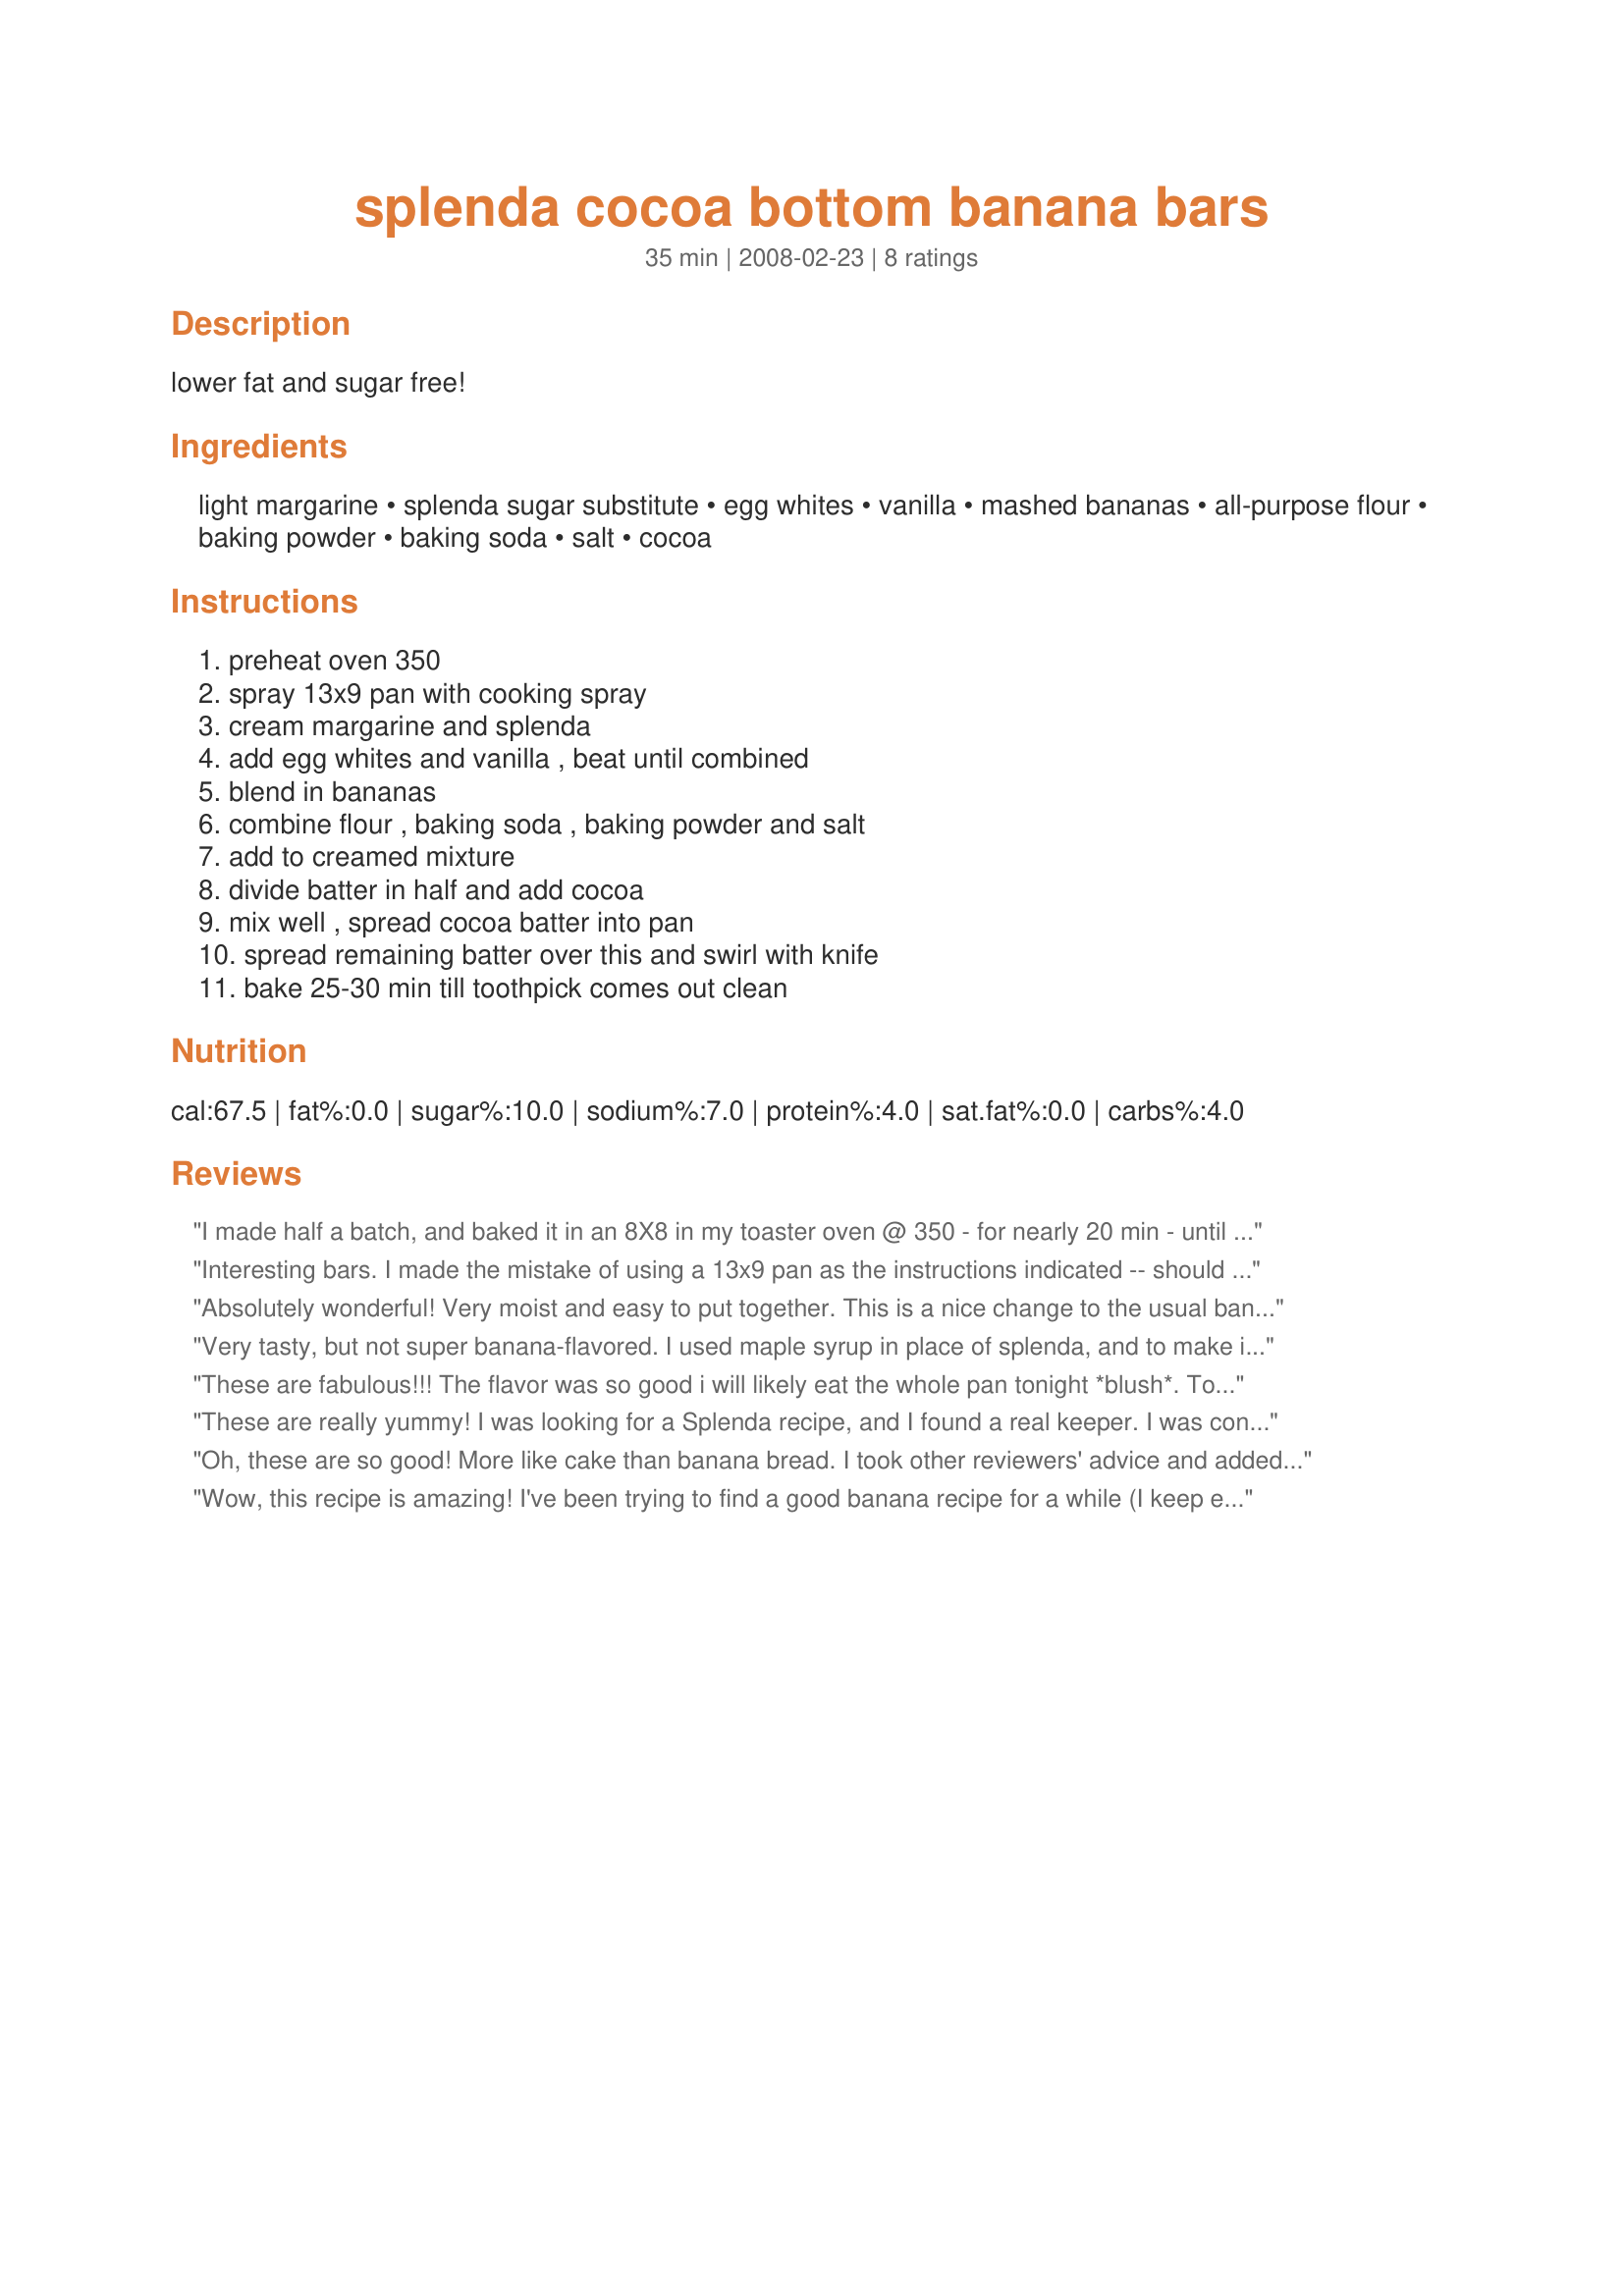
splenda cocoa bottom banana bars
Preparation time: 35 minutes

lower fat and sugar free!

Ingredients:
light margarine, splenda sugar substitute, egg whites, vanilla, mashed bananas, all-purpose flour, baking powder, baking soda, salt, cocoa

Steps:
preheat oven 350, spray 13x9 pan with cooking spray, cream margarine and splenda, add egg whites and vanilla , beat until combined, blend in bananas, combine flour , baking soda , baking powder and salt, add to creamed mixture, divide batter in half and add cocoa, mix well , spread cocoa batter into pan, spread remaining batter over this and swirl with knife, bake 25-30 min till toothpick comes out clean

Reviews:
I made half a batch, and baked it in an 8X8 in my toaster oven @ 350 - for nearly 20 min - until an inserted fork came out clean. This makes very thing bars like the picture shows, I was afraid there wasn't going to be enough batter - but there was. I added some chopped pecans on top just because I had some. I served these in a bowl with a small scoop of french vanilla ice cream on top for my husband and my parents - who are all diabetic and we all really liked it. The somewhat strong cocoa taste, the salty nuts, and creamy icecream was a great combo. Try it!
Interesting bars. I made the mistake of using a 13x9 pan as the instructions indicated -- should have read the reviews first! My bad! These would definitely fit better in an 8x8 pan. I used ripe bananas yet next time I will use super-ripe ones! Thanks, Shy617. Made for Best of 2009 Cookbook tag game.
Absolutely wonderful! Very moist and easy to put together. This is a nice change to the usual banana bread. Next time I shall add in some chocolate chips to the base, but that won't make it low fat!!! Thank you, Shy617, for sharing this wonderful recipe, definitely will be making it again! Made for PAC Spring '08.
Very tasty, but not super banana-flavored. I used maple syrup in place of splenda, and to make it gluten free I used a little over 1 c rice flour, and a little over 1/2 c potato starch in place of 1.5 c all purpose flour. It turned out well, though I had to bake it an extra 15 min for it to fully cook.
These are fabulous!!! The flavor was so good i will likely eat the whole pan tonight *blush*. To get the most banana flavor use really ripe ones, another reviewer had a problem with it and i found using ones i would normally throw worked perfectly. I made them thicker by using a smaller pan, since i was used to splenda's volume issue. Made for Pick a Chef 2009!
These are really yummy! I was looking for a Splenda recipe, and I found a real keeper. I was concerned with the texture of the batter, but the end result.. squashed that. I changed a few things based on the reviews I read. I used 3/4 cup of Splenda, added chocolate chips in the middle, and topped it with unsweetened coconut. I baked this in a 6X10 pyrex dish (see photo) for 30 -35 mins. These are GOOD, and not overly sweet.
Thanks for sharing this recipe.
Oh, these are so good! More like cake than banana bread. I took other reviewers' advice and added 1/4 cup chocolate chips and used an 8x8 pan (which was still spread very thin, so I would not at all recommend a 13x9). I baked them for 35 minutes, and the top layer was much browner than Marra's. I also subbed half the Smart Balance as applesauce and used sugar, but reduced it by 25%. I think the chocolate chips really add something special to this. I thought about another's suggestion of nuts, but am glad I didn't add them. I sprinked some toasted almonds on one piece, and it kind of overpowered the delicate flavor. These are super, especially the chocolate and banana flavor together, and are definitely recommended!
Wow, this recipe is amazing! I've been trying to find a good banana recipe for a while (I keep ending up with the remains of the kids' fruit trolley at school, lol), and this is definitely the best. I like the banana layer so much that the second time I made it, I didn't even use the cocoa powder! The only change I made was to use low-fat vanilla yogurt instead of margarine (because I didn't have any) and it still turned out really nice and moist. Thanks for a great recipe!
